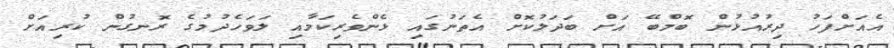
އެއަށްފަހު ދިރުއުޅުން ބޮމްބޭ އަށް ބަދަލުކޮށް އެތަނުގައި ޅެންވެރިކަމާއި ލަވަހެދުމުގެ ރޮނގުން ކުރިއަށް